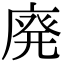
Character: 廃